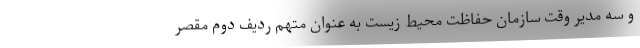
و سه مدیر وقت سازمان حفاظت محیط زیست به عنوان متهم ردیف دوم مقصر